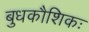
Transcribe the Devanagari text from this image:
बुधकौशिकः